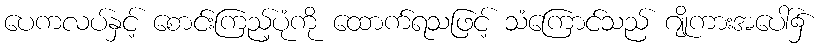
ပေကလပ်နှင့် စောင်းကြည့်ပုံကို ထောက်ရသဖြင့် သံကြောင်သည် ဂျိုကားအပေါ်၌